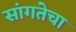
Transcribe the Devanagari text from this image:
सांगतेचा